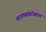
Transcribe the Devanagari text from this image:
मराठ्यांबरोबरच